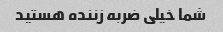
شما خیلی ضربه زننده هستید